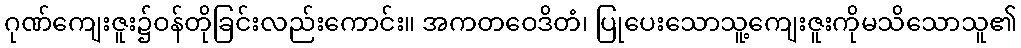
ဂုဏ်ကျေးဇူး၌ဝန်တိုခြင်းလည်းကောင်း။ အကတဝေဒိတံ၊ ပြုပေးသောသူ့ကျေးဇူးကိုမသိသောသူ၏